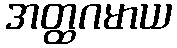
အတ္ထဂမာယ